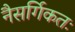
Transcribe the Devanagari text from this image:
नैसर्गिकतः